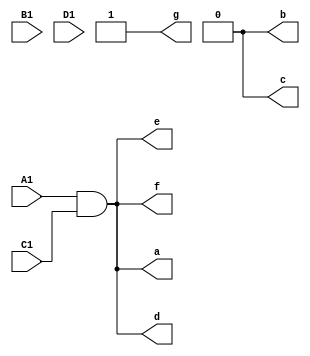
// Left segment driver

module LeftSegDriver (A1, B1, C1, D1, a, b, c, d, e, f, g);
input A1, B1, C1, D1;
output a, b, c, d, e, f, g;

assign a = A1&C1;
assign b = 0;
assign c = 0;
assign d = A1&C1;
assign e = A1&C1;
assign f = A1&C1;
assign g = 1;

endmodule